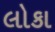
લોકા